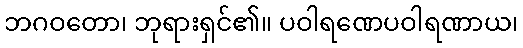
ဘဂဝတော၊ ဘုရားရှင်၏။ ပဝါရဏေပဝါရဏာယ၊